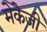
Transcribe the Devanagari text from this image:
मेकेजी